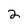
Character: 2